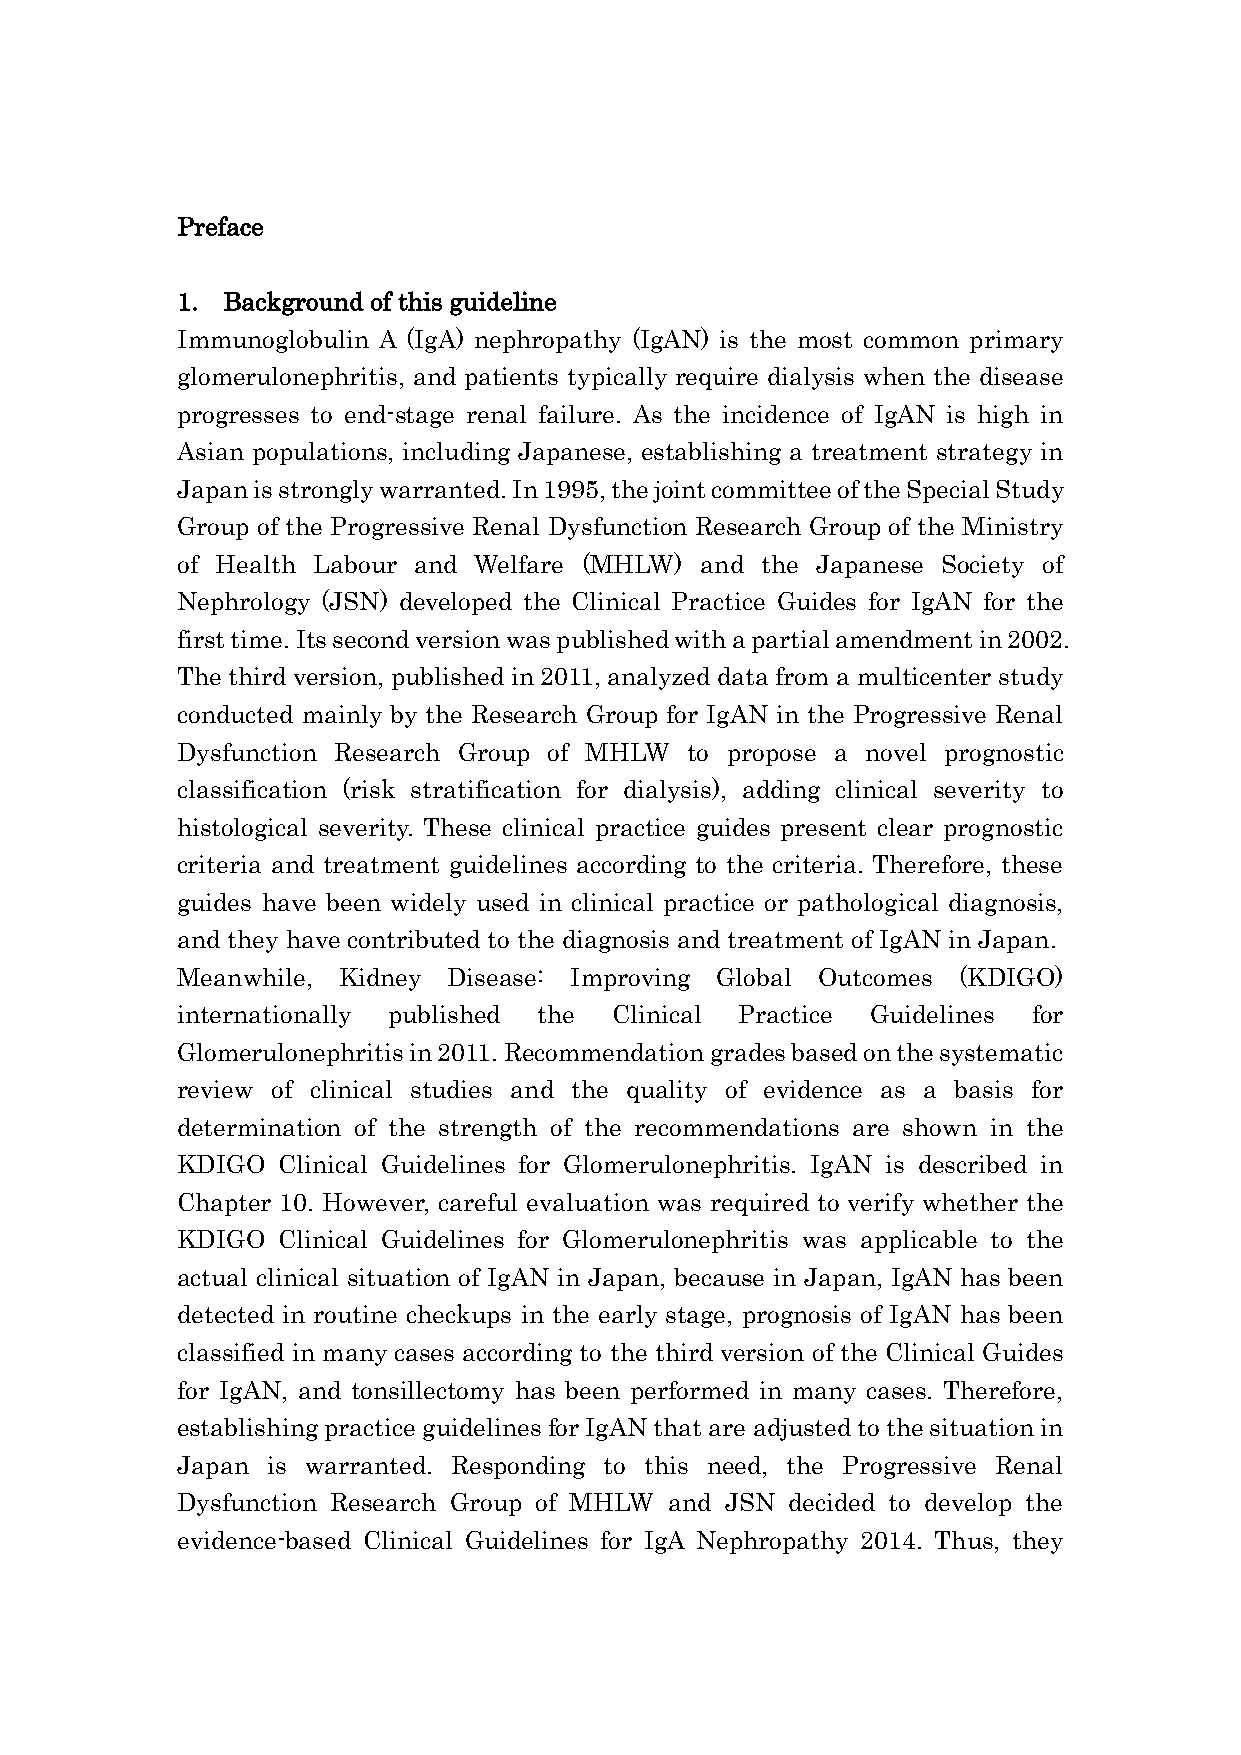
Preface
 1. Background of this guideline
 Immunoglobulin A (IgA) nephropathy (IgAN) is the most common primary
 glomerulonephritis, and patients typically require dialysis when the disease
 progresses to end-stage renal failure. As the incidence of IgAN is high in
 Asian populations, including Japanese, establishing a treatment strategy in
 Japan is strongly warranted. In 1995, the joint committee of the Special Study
 Group of the Progressive Renal Dysfunction Research Group of the Ministry
 of Health Labour and Welfare (MHLW) and the Japanese Society of
 Nephrology (JSN) developed the Clinical Practice Guides for IgAN for the
 first time. Its second version was published with a partial amendment in 2002.
 The third version, published in 2011, analyzed data from a multicenter study
 conducted mainly by the Research Group for IgAN in the Progressive Renal
 Dysfunction Research Group of MHLW to propose a novel prognostic
 classification (risk stratification for dialysis), adding clinical severity to
 histological severity. These clinical practice guides present clear prognostic
 criteria and treatment guidelines according to the criteria. Therefore, these
 guides have been widely used in clinical practice or pathological diagnosis,
 and they have contributed to the diagnosis and treatment of IgAN in Japan.
 Meanwhile, Kidney Disease: Improving Global Outcomes (KDIGO)
 internationally published the Clinical Practice Guidelines for
 Glomerulonephritis in 2011. Recommendation grades based on the systematic
 review of clinical studies and the quality of evidence as a basis for
 determination of the strength of the recommendations are shown in the
 KDIGO Clinical Guidelines for Glomerulonephritis. IgAN is described in
 Chapter 10. However, careful evaluation was required to verify whether the
 KDIGO Clinical Guidelines for Glomerulonephritis was applicable to the
 actual clinical situation of IgAN in Japan, because in Japan, IgAN has been
 detected in routine checkups in the early stage, prognosis of IgAN has been
 classified in many cases according to the third version of the Clinical Guides
 for IgAN, and tonsillectomy has been performed in many cases. Therefore,
 establishing practice guidelines for IgAN that are adjusted to the situation in
 Japan is warranted. Responding to this need, the Progressive Renal
 Dysfunction Research Group of MHLW and JSN decided to develop the
 evidence-based Clinical Guidelines for IgA Nephropathy 2014. Thus, they